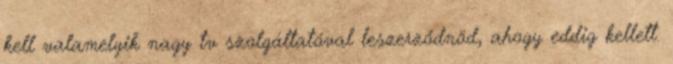
kell valamelyik nagy tv szolgáltatóval leszerződnöd, ahogy eddig kellett.